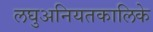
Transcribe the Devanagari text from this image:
लघुअनियतकालिके